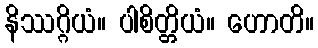
နိဿဂ္ဂိယံ။ ပါစိတ္တိယံ။ ဟောတိ။